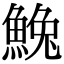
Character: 𩸃